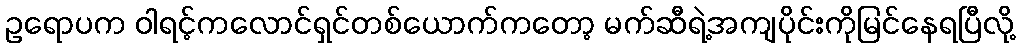
ဥရောပက ဝါရင့်ကလောင်ရှင်တစ်ယောက်ကတော့ မက်ဆီရဲ့အကျပိုင်းကိုမြင်နေရပြီလို့